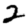
Digit: 2